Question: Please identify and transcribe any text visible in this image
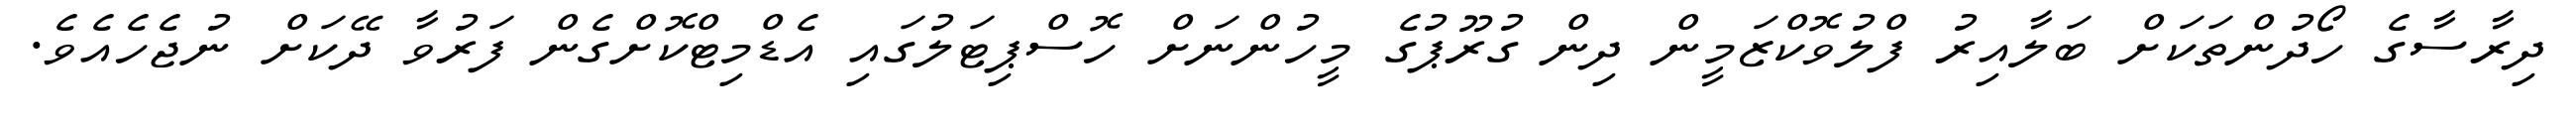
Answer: ދިރާސާގެ ހޯދުންތަކަށް ބަލާއިރު ފްލުވޮކްޒަމީން ދިން ގުރޫޕުގެ މީހުންނަށް ހޮސްޕިޓަލުގައި އެޑްމިޓްކޮށްގެން ފަރުވާ ދޭކަށް ނުޖެހެއެވެ.